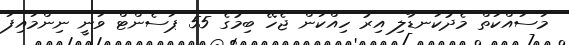
މަސައްކަތް މެދުކަނޑާލި އިރު ހިއްކަން ޖެހޭ ބިމުގެ 55 ޕަސެންޓް ވަނީ ނިންމައިފަ